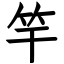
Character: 竿